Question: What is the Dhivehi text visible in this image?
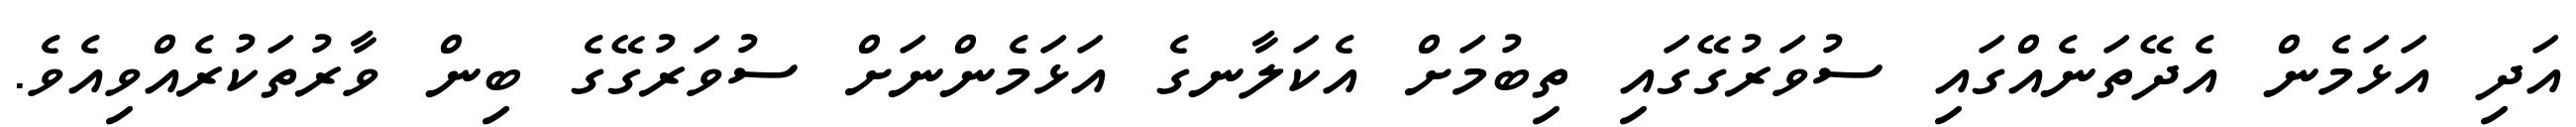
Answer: އަދި އަޅަމެން އެދޭތަނެއްގައި ސުވަރުގޭގައި ތިބުމަށް އެކަލާނގެ އަޅަމެންނަށް ސުވަރުގޭގެ ބިން ވާރުތަކުރެއްވިއެވެ.